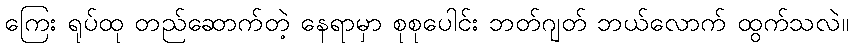
ကြေး ရုပ်ထု တည်ဆောက်တဲ့ နေရာမှာ စုစုပေါင်း ဘတ်ဂျတ် ဘယ်လောက် ထွက်သလဲ။